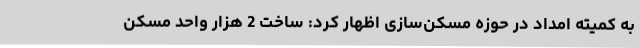
به کمیته امداد در حوزه مسکن‌سازی اظهار کرد: ساخت 2 هزار واحد مسکن